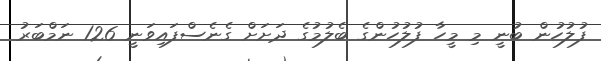
ފުލުހުން ބުނީ މި މީހާ ފުލުހުންގެ ބެލުމުގެ ދަށަށް ގެނެސްފައިވަނީ 126 ނަމްބަރު